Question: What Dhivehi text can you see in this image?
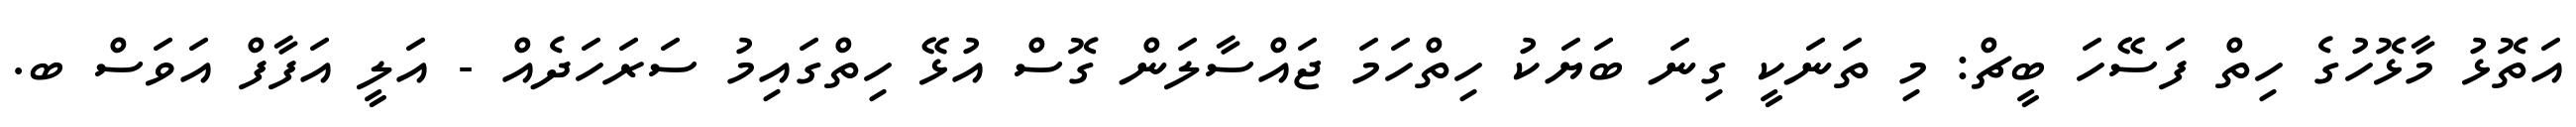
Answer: އަތޮޅު މާޅޮހުގެ ހިތް ފަސޭހަ ބީޗް: މި ތަނަކީ ގިނަ ބަޔަކު ހިތްހަމަ ޖައްސާލަން ގޮސް އުޅޭ ހިތްގައިމު ސަރަހަދެއް - އަލީ އަފާފް އަވަސް ބ.